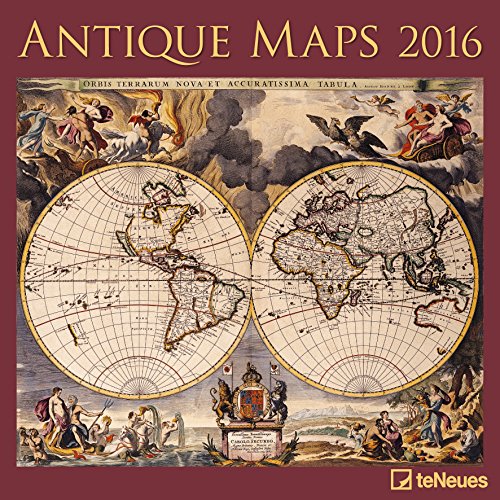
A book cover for Antique Maps 2016 BroschÃ¼renkalender; Calendars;